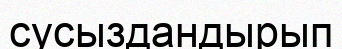
сусыздандырып